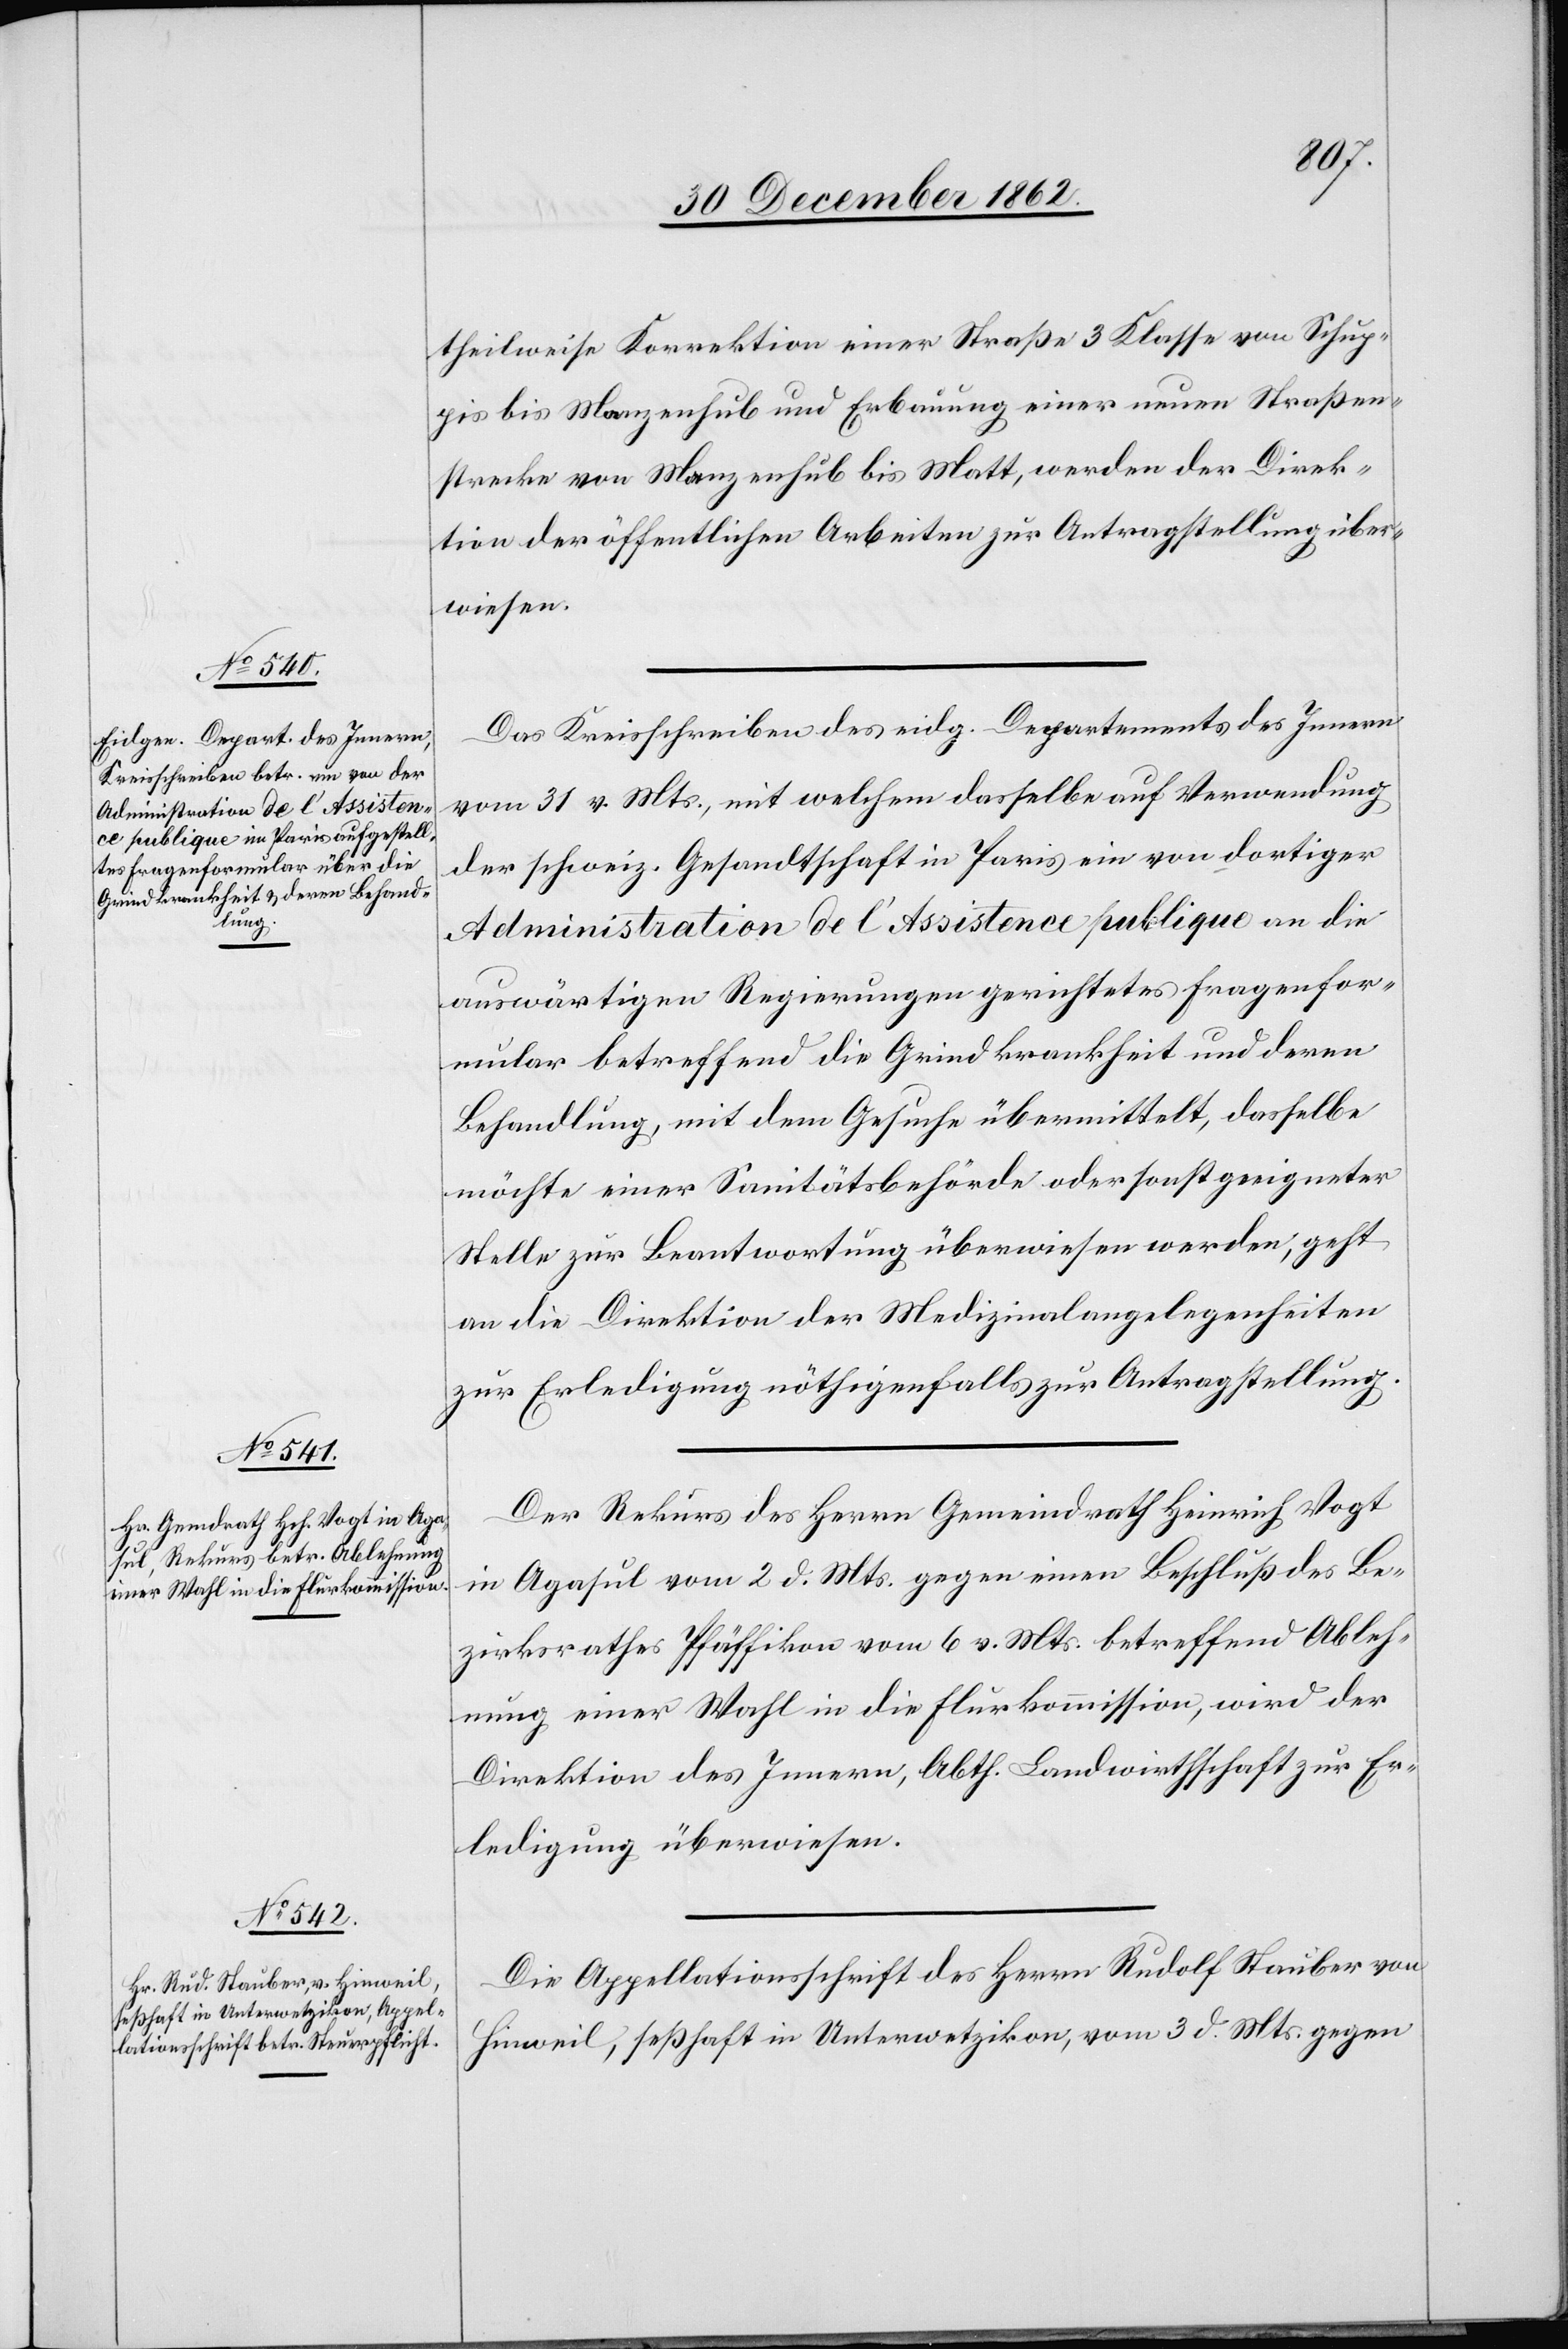
theilweise Korrektion einer Straße 3. Klasse von Schup¬
pis bis Manzenhub und Erbauung einer neuen Straßen¬
strecke von Manzenhub bis Matt, werden der Direk¬
tion der öffentlichen Arbeiten zur Antragstellung über¬
wiesen.
Das Kreisschreiben des eidg. Departements des Innern
vom 31. v. Mts., mit welchem dasselbe auf Verwendung
der schweiz. Gesandtschaft in Paris ein von dortiger
Administration de l’Assistence publique an die
auswärtigen Regierungen gerichtetes Fragenfor¬
mular betreffend die Grindkrankheit und deren
Behandlung, mit dem Gesuche übermittelt, dasselbe
möchte einer Sanitätsbehörde oder sonst geeigneter
Stelle zur Beantwortung überwiesen werden, geht
an die Direktion der Medizinalangelegenheiten
zur Erledigung nöthigenfalls zur Antragstellung.
Der Rekurs der Herrn Gemeindrath Heinrich Vogt
in Agasul vom 2. d. Mts. gegen einen Beschluß des Be¬
zirksrathes Pfäffikon vom 6. v. Mts. betreffend Ableh¬
nung einer Wahl in die Flurkommission, wird der
Direktion des Innern, Abth. Landwirthschaft zur Er¬
ledigung überwiesen.
Die Appellationsschrift des Herrn Rudolf Stauber von
Hinweil, seßhaft in Unterwetzikon, vom 3. d. Mts. gegen